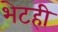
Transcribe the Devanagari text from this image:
भेटही